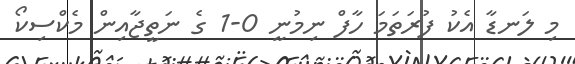
މި ލަނޑާ އެކު ފުރަތަމަ ހާފް ނިމުނީ 0-1 ގެ ނަތީޖާއިން މެކްސިކޯ